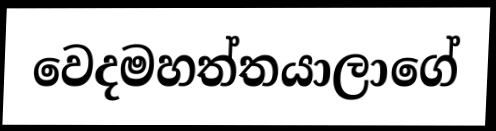
වෙදමහත්තයාලාගේ